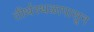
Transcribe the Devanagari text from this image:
तीर्थस्थळापासून